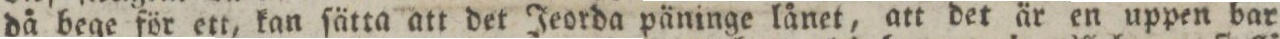
då bege för ett, kan ſätta att det Jeorda päninge lånet, att det är en uppen bar